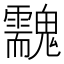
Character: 䰰